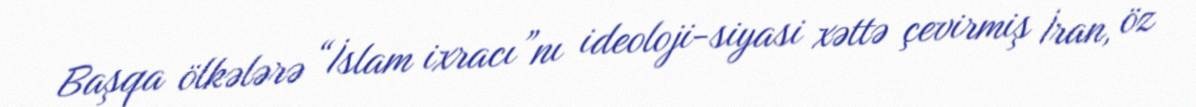
Başqa ölkələrə “İslam ixracı”nı ideoloji-siyasi xəttə çevirmiş İran, öz